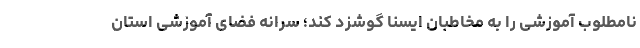
نامطلوب آموزشی را به مخاطبان ایسنا گوشزد کند؛ سرانه فضای آموزشی استان